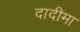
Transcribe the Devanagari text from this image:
दादीमा